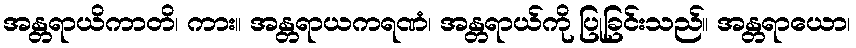
အန္တရာယိကာတိ၊ ကား။ အန္တရာယကရဏံ၊ အန္တရာယ်ကို ပြုခြင်းသည်။ အန္တရာယော၊